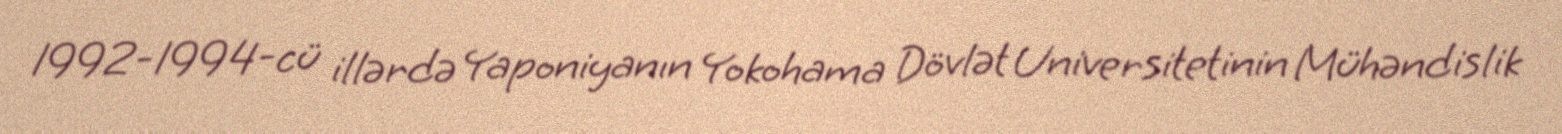
1992-1994-cü illərdə Yaponiyanın Yokohama Dövlət Universitetinin Mühəndislik